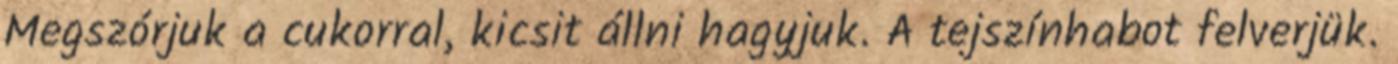
Megszórjuk a cukorral, kicsit állni hagyjuk. A tejszínhabot felverjük.